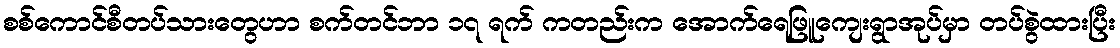
စစ်ကောင်စီတပ်သားတွေဟာ စက်တင်ဘာ ၁၇ ရက် ကတည်းက အောက်ရေဖြူကျေးရွာအုပ်မှာ တပ်စွဲထားပြီး